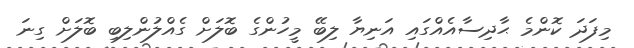
މިފަދަ ކޮންމެ ޙާދިސާއެއްގައި އަނިޔާ ލިބޭ މީހުންގެ ބޮލަށް ގެއްލުންލިބި ބޮލަށް ގިނަ